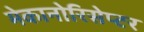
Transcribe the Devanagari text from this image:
मेकानोरिसेप्टर